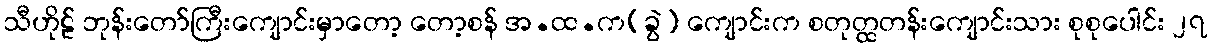
သီဟိုဠ် ဘုန်းတော်ကြီးကျောင်းမှာတော့ တော့စန် အ.ထ.က(ခွဲ) ကျောင်းက စတုတ္ထတန်းကျောင်းသား စုစုပေါင်း ၂၇